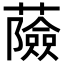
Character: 𧂹